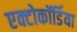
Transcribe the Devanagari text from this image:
एक्टोकॉर्डिया